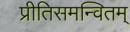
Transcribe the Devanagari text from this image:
प्रीतिसमन्वितम्